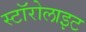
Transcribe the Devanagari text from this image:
स्टॉरोलाइट